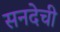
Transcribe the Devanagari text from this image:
सनदेची